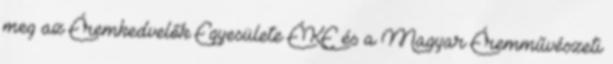
meg az Éremkedvelők Egyesülete ÉKE és a Magyar Éremművészeti